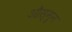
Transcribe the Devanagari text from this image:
औस्मुन